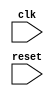
module behavior_modeling_block (
    input wire clk,
    input wire reset,
    // other input and output ports here
);

always @(posedge clk or negedge reset) begin
    if (!reset) begin
        // reset behavior here
    end else begin
        // behavior on positive edge of clk here
    end
end

endmodule